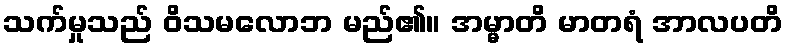
သက်မှုသည် ဝိသမလောဘ မည်၏။ အမ္မာတိ မာတရံ အာလပတိ